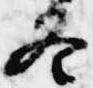
冬